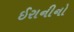
ઈરાનીનો